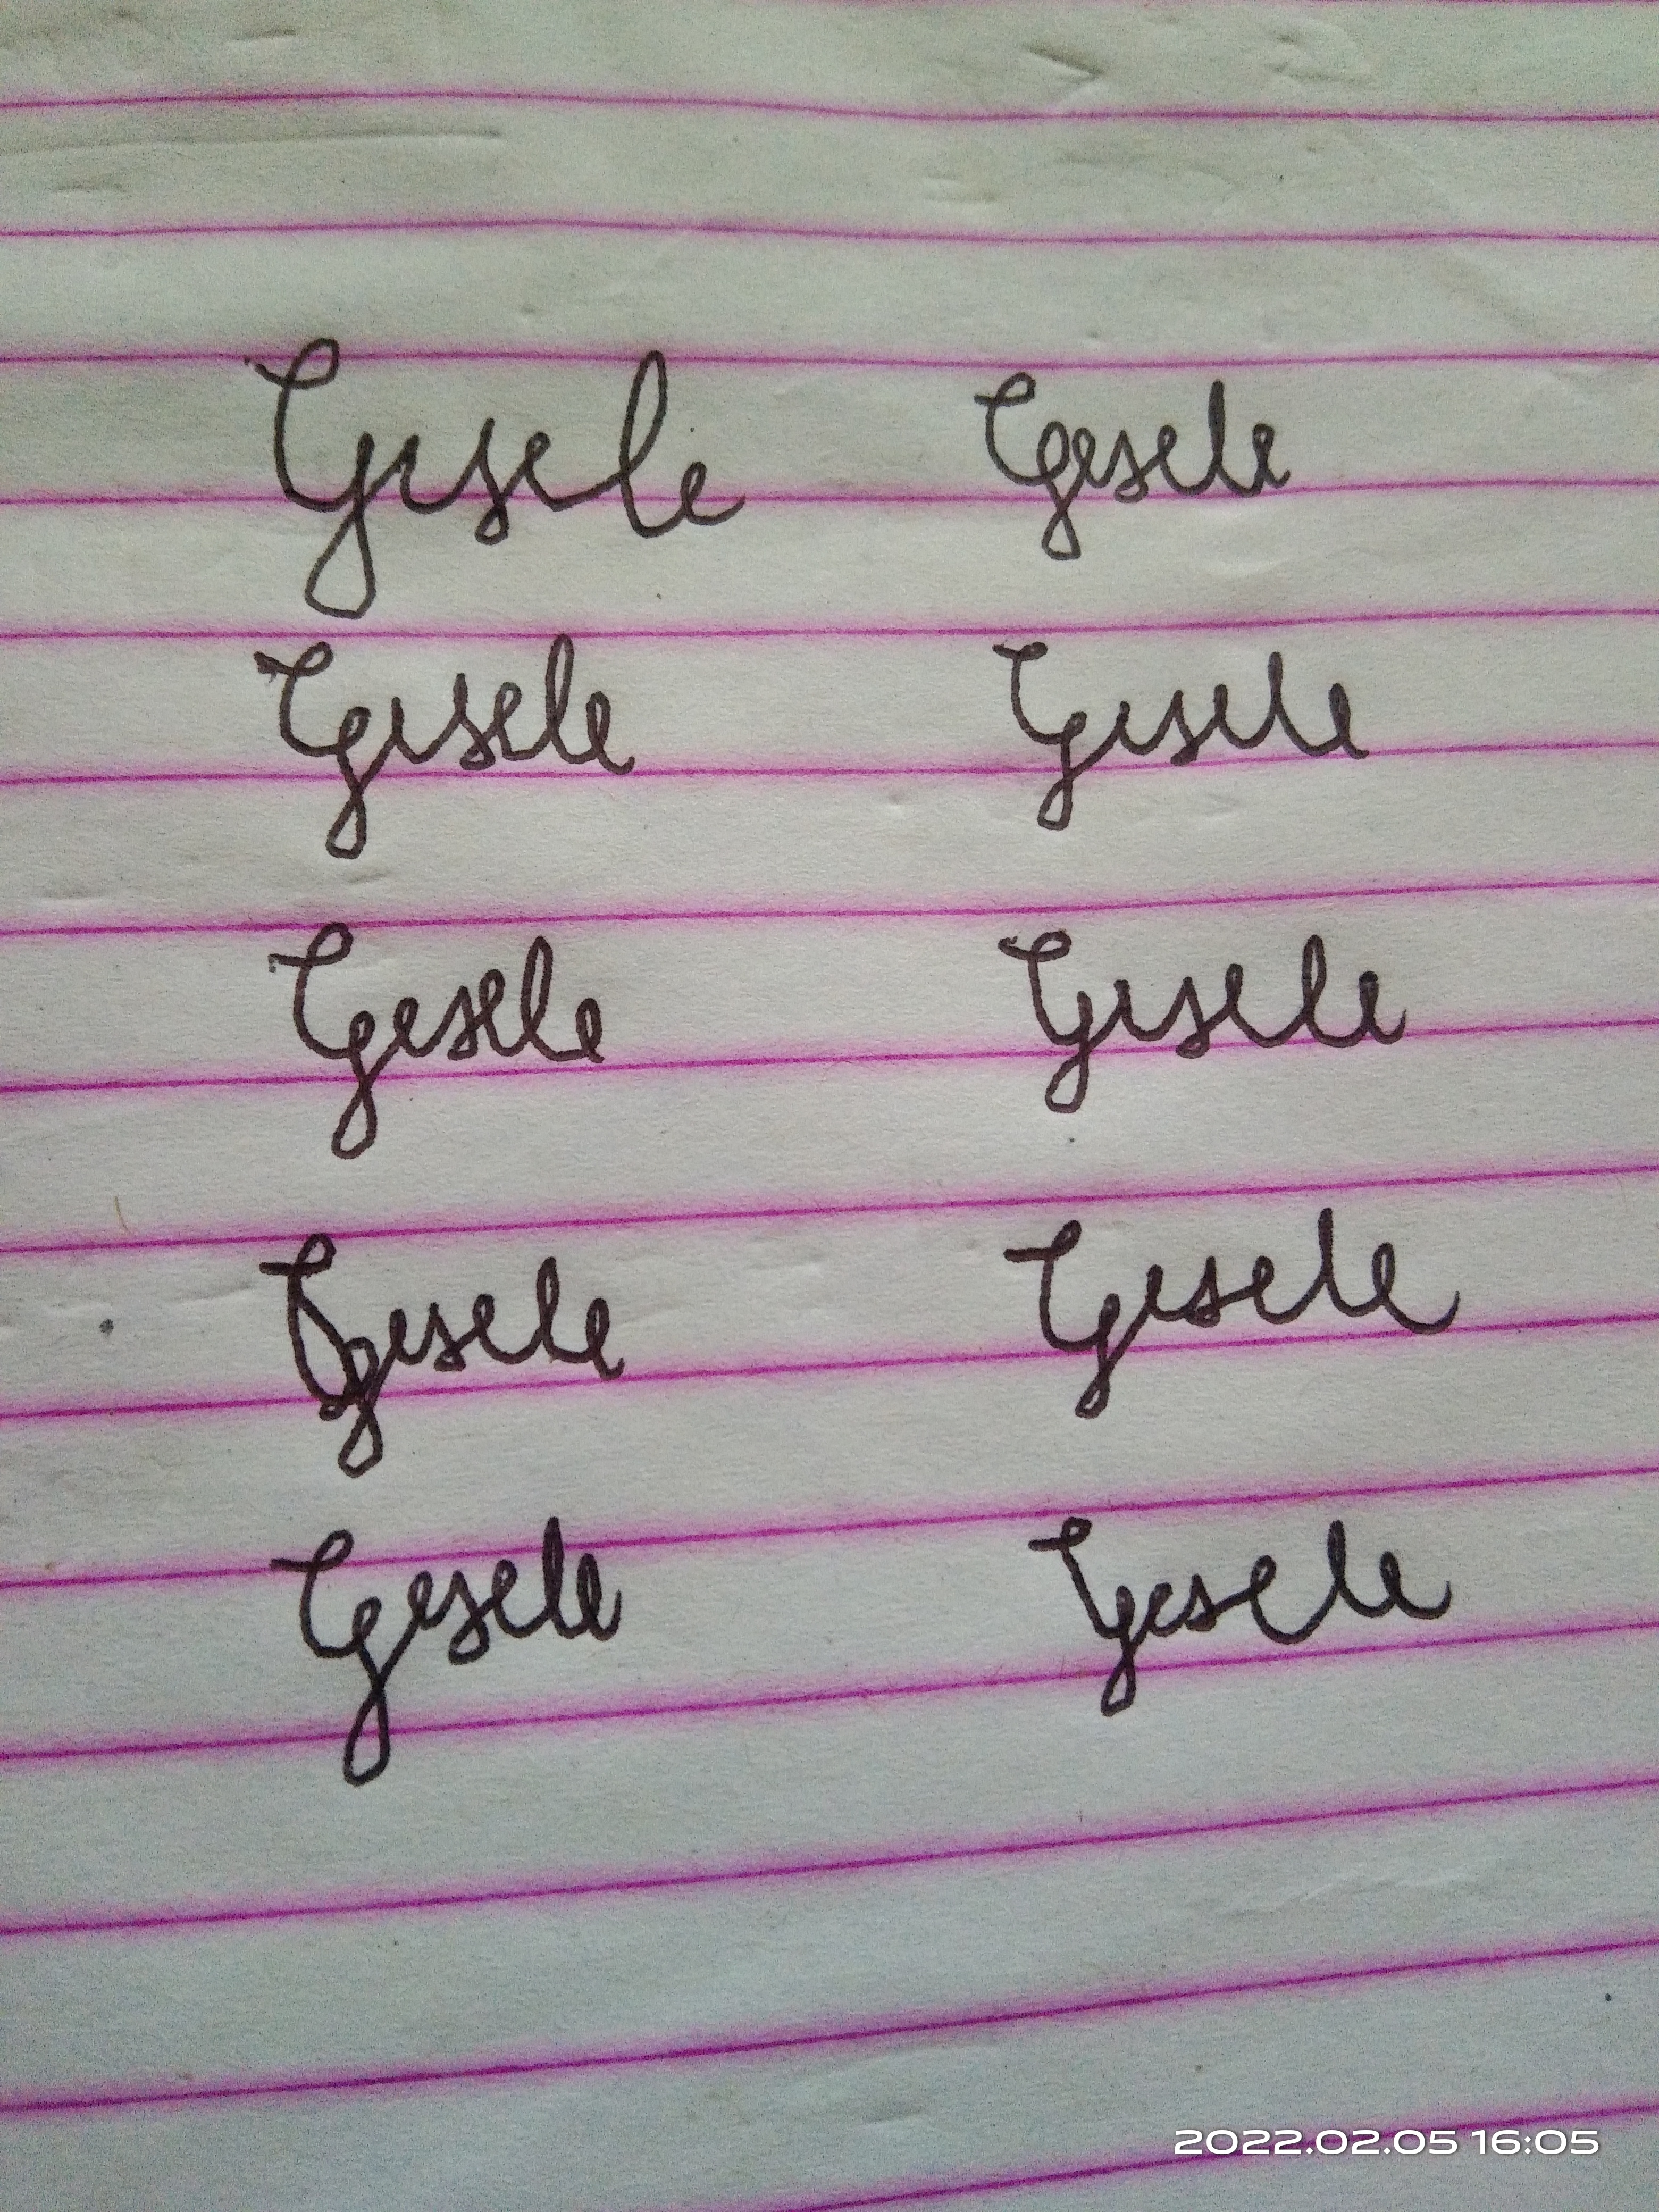
Signature authenticity: forged